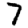
Digit: 7